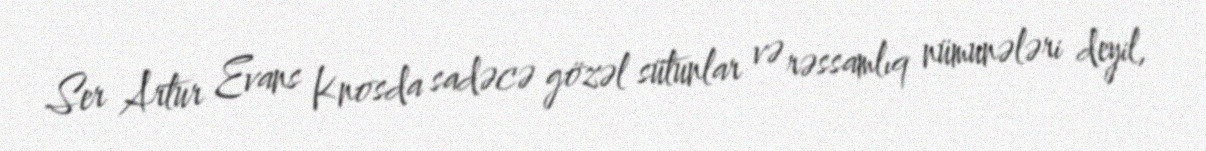
Ser Artur Evans Knosda sadəcə gözəl sütunlar və rəssamlıq nümunələri deyil,